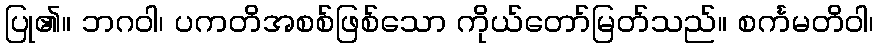
ပြု၏။ ဘဂဝါ၊ ပကတိအစစ်ဖြစ်သော ကိုယ်တော်မြတ်သည်။ စင်္ကမတိဝါ၊